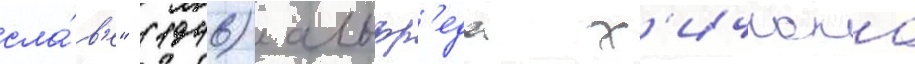
сла́в'е" (1946) альфр'еда х'ичкока